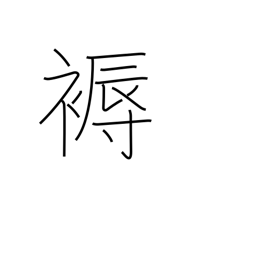
Meaning: mattress